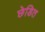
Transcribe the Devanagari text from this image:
छेडित